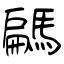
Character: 騗